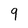
Character: 9